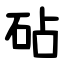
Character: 砧